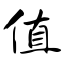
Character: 值